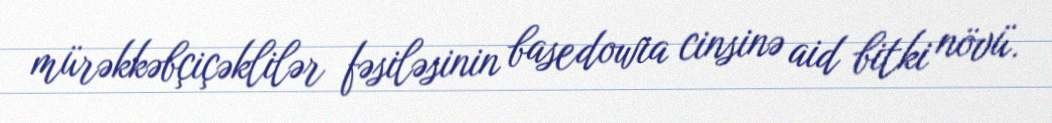
mürəkkəbçiçəklilər fəsiləsinin basedowia cinsinə aid bitki növü.